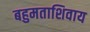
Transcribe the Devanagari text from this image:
बहुमताशिवाय